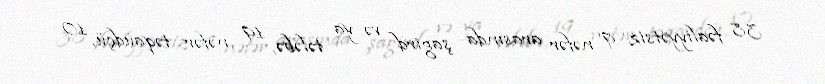
38 fəaliyyətsiz 9 nəfər arasında şagird və ya tələbə, 19 nəfər təqaüdçü, 10